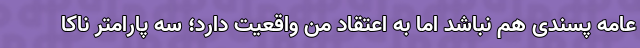
عامه پسندی هم نباشد اما به اعتقاد من واقعیت دارد؛ سه پارامتر ناکا